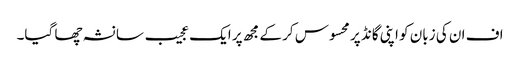
اف ان کی زبان کو اپنی گانڈ پر محسوس کر کے مجھ پر ایک عجیب سا نشہ چھا گیا۔